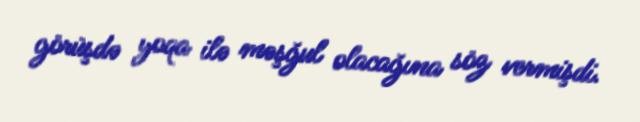
görüşdə yoqa ilə məşğul olacağına söz vermişdi.